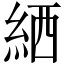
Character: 絤